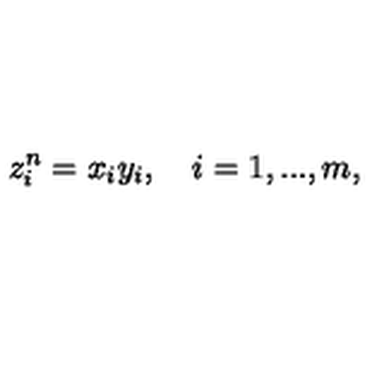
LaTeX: z _ { i } ^ { n } = x _ { i } y _ { i } , \quad i = 1 , . . . , m ,